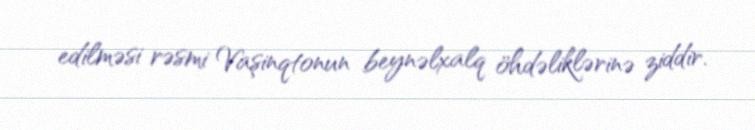
edilməsi rəsmi Vaşinqtonun beynəlxalq öhdəliklərinə ziddir.